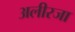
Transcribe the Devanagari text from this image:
अलीरजा